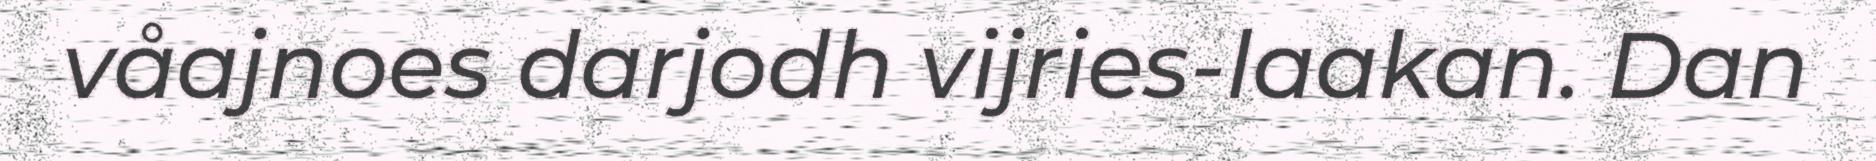
våajnoes darjodh vijries-laakan. Dan